Malaria in the Duars
Disease focus: Malaria
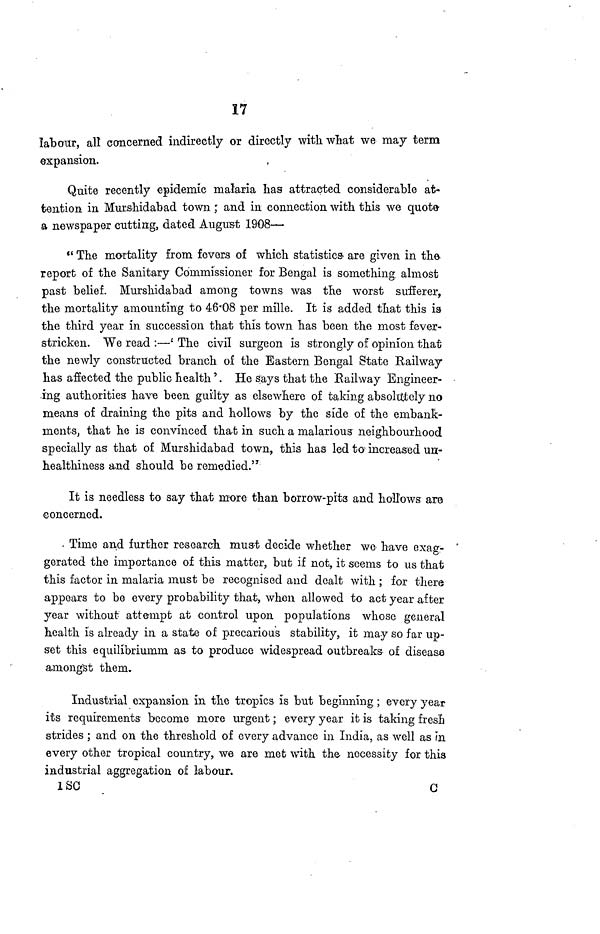
17
labour, all concerned indirectly or directly with, what we may term
expansion.
Quite recently epidemic malaria has attracted considerable at-
tention in Murshidabad town ,' and in connection with this we quote-
a newspaper cutting, dated August 1908—
" The mortality from fevers of which statistics- are given in the-
report of the Sanitary Commissioner for Bengal is something almost
past belief. Murshidabad among towns was the worst sufferer,
the mortality amounting to 46.08 per mille. It is added that this is
the third year in succession that this town has been the most fever-
stricken. We read :—' The civil surgeon is strongly of opinion that
the newly constructed branch of the Eastern Bengal State Railway
has affected the public health'. He says that the Railway Engineer-
ing authorities have been guilty as elsewhere of taking absoluttely no
means of draining the pits and hollows by the side of the embank-
meiitSj that he is convinced that in such a malarious neighbourhood
specially as that of Murshidabad town, this has led to increased and-
healthiness and should be remedied."
It is needless to say that more than borrow-pits and hollows are
concerned.
. Time and further research must decide whether we have exag-
gerated the importance of this matter, but if not, it seems to us that
this factor in malaria must be recognised and dealt with ; for there
appears to be every probability that, when allowed to act year after
year without attempt at control upon populations whose general
health is already in a state of precarious stability, it may so far up-
set this equilibriumm as to produce widespread outbreaks of diseasa
amongst them.
Industrial expansion in the tropics is but beginning; every year
its requirements become more urgent; every year it is taking fresh
strides ; and on the threshold of every advance in India, as well as in
every other tropical country, we are met with the necessity for this
industrial aggregation of labour.
ISC
C